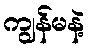
ကျွန်မနဲ့